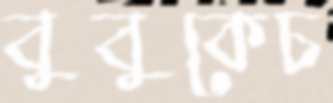
বুবুকেচ